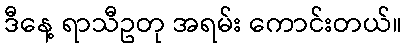
ဒီနေ့ ရာသီဥတု အရမ်း ကောင်းတယ်။